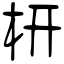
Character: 枅